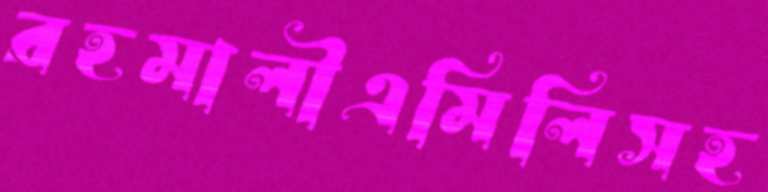
রহমালীএমিলিসহ